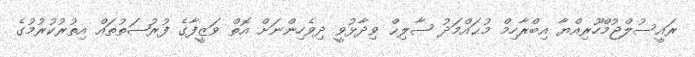
ރައީސުލްޖުމްހޫރިއްޔާ އިބްރާހިމް މުޙައްމަދު ޞާލިޙް ވިދާޅުވީ ދިވެހިންނަށް އޮތް ވަޒީފާގެ ފުރުޞަތުތައް އިތުރުކުރުމުގެ